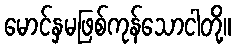
မောင်နှမဖြစ်ကုန်သောငါတို့။